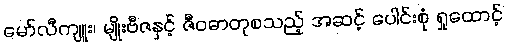
မော်လီကျူး၊ မျိုးဗီဇနှင့် ဇီဝဓာတုစသည့် အဆင့် ပေါင်းစုံ ရှုထောင့်